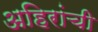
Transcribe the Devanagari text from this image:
अहिरांची